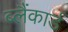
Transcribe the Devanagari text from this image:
ब्लैंकार्ड